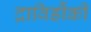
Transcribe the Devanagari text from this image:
द्राविडौंकी